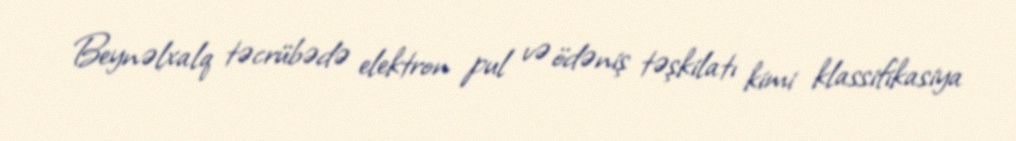
Beynəlxalq təcrübədə elektron pul və ödəniş təşkilatı kimi klassifikasiya